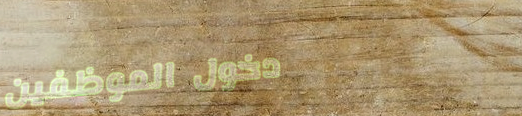
دخول الموظفين